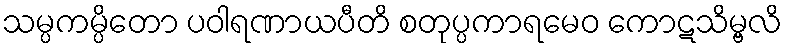
သမ္ပကမ္ပိတော ပဝါရဏာယပီတိ စတုပ္ပကာရမေဝ ကောဋသိမ္ဗလိ